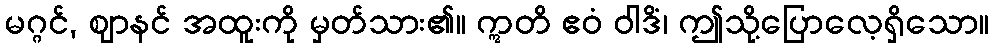
မဂ္ဂင်, ဈာနင် အထူးကို မှတ်သား၏။ ဣတိ ဧဝံ ဝါဒိံ၊ ဤသို့ပြောလေ့ရှိသော။